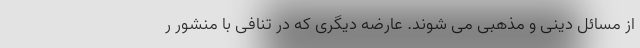
از مسائل دینی و مذهبی می شوند. عارضه دیگری که در تنافی با منشور ر